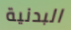
البدنية